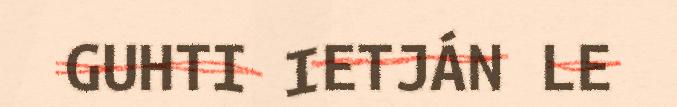
GUHTI IETJÁN LE